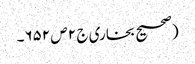
(صحیح بخاری ج ٢ ص ٦٥٢۔